Burma Government Medical School reports 1923-41
Year: 1923
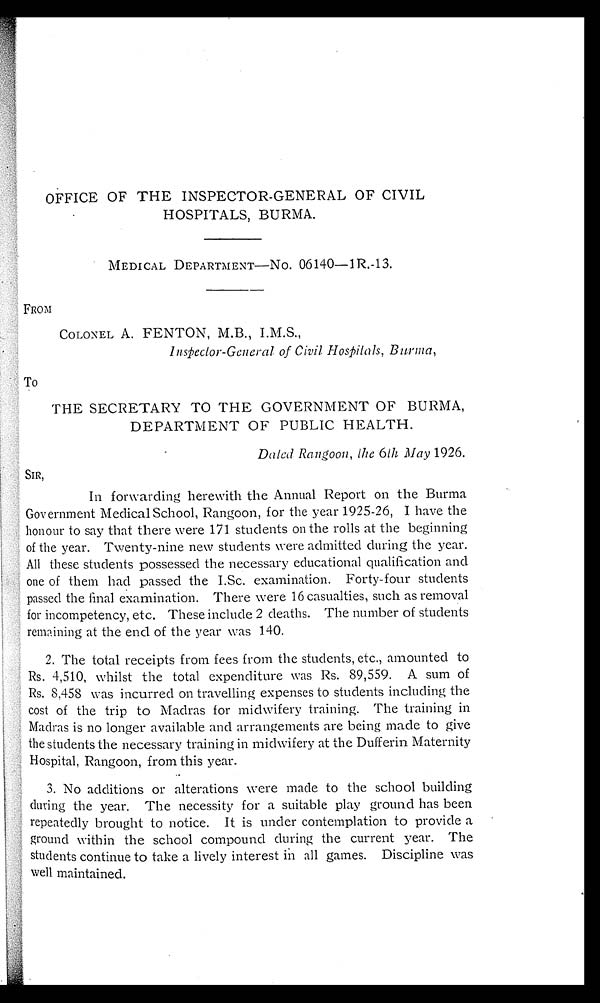
OFFICE OF THE INSPECTOR-GENERAL OF CIVIL
HOSPITALS, BURMA.
MEDICAL DEPARTMENT—NO. 06140—1R.-13.
FROM
COLONEL A. FENTON, M.B., I.M.S.,
Inspector-General of Civil Hospitals, Burma,
TO
THE SECRETARY TO THE GOVERNMENT OF BURMA,
DEPARTMENT OF PUBLIC HEALTH.
Dated Rangoon, the 6th May 1926.
SIR,
In forwarding herewith the Annual Report on the Burma
Government Medical School, Rangoon, for the year 1925-26, I have the
honour to say that there were 171 students on the rolls at the beginning
of the year. Twenty-nine new students were admitted during the year.
All these students possessed the necessary educational qualification and
one of them had passed the I.Sc. examination. Forty-four students
passed the final examination. There were 16 casualties, such as removal
for incompetency, etc. These include 2 deaths. The number of students
remaining at the end of the year was 140.
2. The total receipts from fees from the students, etc., amounted to
Rs. 4,510, whilst the total expenditure was Rs. 89,559. A sum of
Rs. 8,458 was incurred on travelling expenses to students including the
cost of the trip to Madras for midwifery training. The training in
Madras is no longer available and arrangements are being made to give
the students the necessary training in midwifery at the Dufferin Maternity
Hospital, Rangoon, from this year.
3. No additions or alterations were made to the school building
during the year. The necessity for a suitable play ground has been
repeatedly brought to notice. It is under contemplation to provide a
ground within the school compound during the current year. The
students continue to take a lively interest in all games. Discipline was
well maintained.